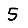
Digit: 5